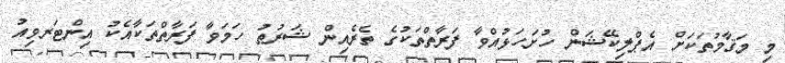
މި މަޤާމުތަކަށް އެޕްލިކޭޝަން ހުށަހަޅުއްވާ ފަރާތްތަކުގެ ތެރެއިން ޝަރުޠު ހަމަވާ ފަރާތްތަކާއެކު އިންޓަރވިއު